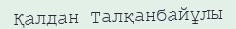
Қалдан Талқанбайұлы